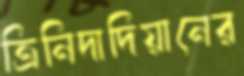
ত্রিনিদাদিয়ানের